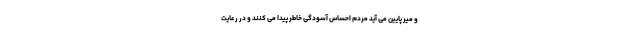
و میر پایین می آید مردم احساس آسودگی خاطر پیدا می کنند و در رعایت